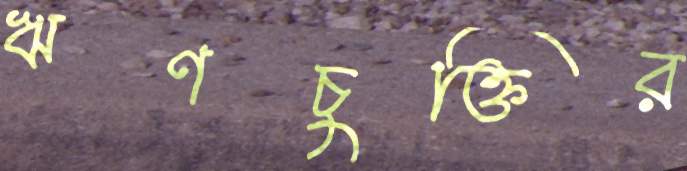
ঋণচুক্তির